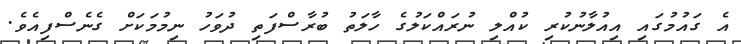
އެ ގައުމުގައި އިއުލާނުކުރި ކުއްލި ނުރައްކަލުގެ ހާލަތު ބުރާސްފަތި ދުވަހު ނިމުމަކަށް ގެނެސްފިއެވެ.